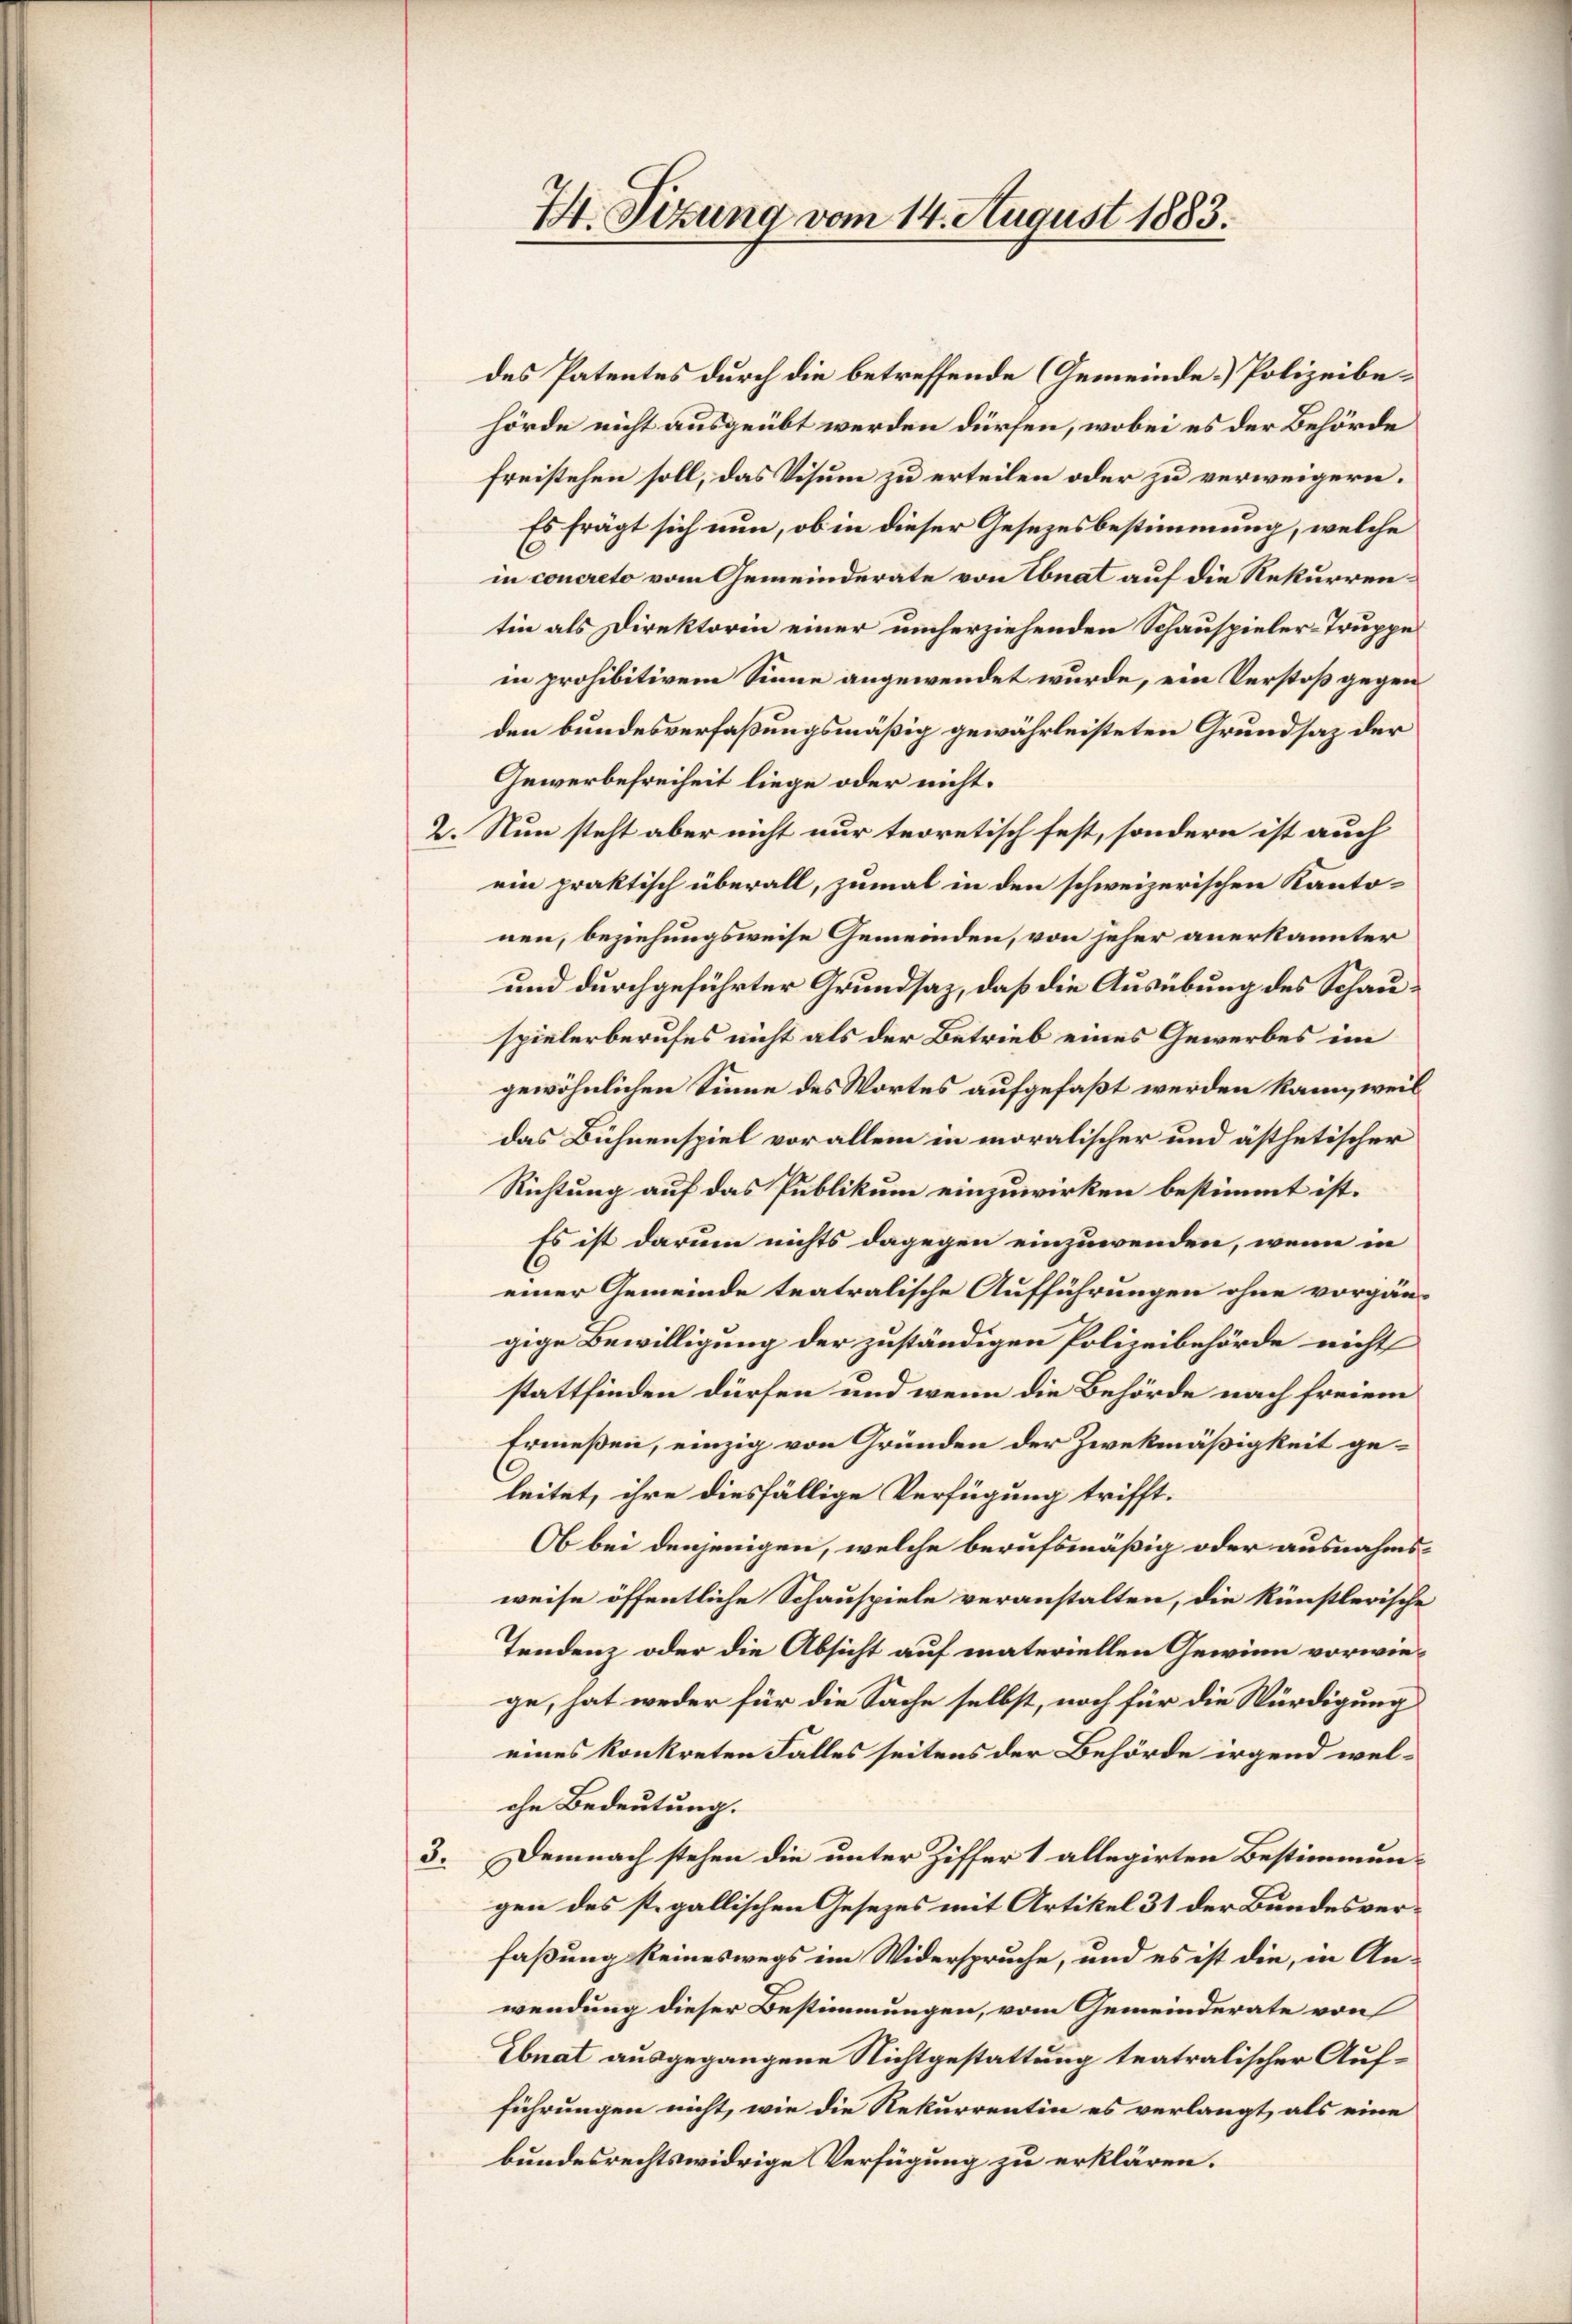
4. Sitzung vom 14. August 1883.

des Patentes durch die betreffende (Gemeinde Polizeibehörde nicht ausgeübt werden dürfen, wobei es der Behörde
freistehen soll, das Visum zu erteilen oder zu verweigern.
Es frägt sich nun, ob in dieser Gesetzesbestimmung, welche
.
in concreto vom Gemeinderate von Ebnat auf die Rekurrentin als Direktorin einer umherziehenden Schauspieler-Truppe
in prohibitivem Sinne angewendet wurde, ein Verstoß gegen
den bundesverfaßungsmäßig gewährleisteten Grundsaz der
Gewerbefreiheit liege oder nicht.
2. Nun steht aber nicht nur teoretisch fest, sondern ist auch
ein praktisch überall, zumal in den schweizerischen Kantonen, beziehungsweise Gemeinden, von jeher anerkannter
und durchgeführter Grundsaz, daß die Ausübung des Schauspielerberufes nicht als der Betrieb eines Gewerbes im
gewöhnlichen Sinne des Wortes aufgefaßt werden kann, weil
das Bühnenspiel vor allem in moralischer und ästhetischer
Richtung auf das Publikum einzuwirken bestimmt ist.
Es ist darum nichts dagegen einzuwenden, wenn in
C
einer Gemeinde teatralische Aufführungen ohne vorgängige Bewilligung der zuständigen Polizeibehörde nicht
stattfinden dürfen und wenn die Behörde nach freiem
Ermeßen, einzig von Gründen der Zweckmäßigkeit geleitet, ihre diesfällige Verfügung trifft.
Ob bei denjenigen, welche berufsmäßig oder ausnahmsweise öffentliche Schauspiele veranstalten, die künstlerische
Tendenz oder die Absicht auf materiellen Gewinn vorwiege, hat weder für die Sache selbst, noch für die Würdigung
eines konkreten Falles seitens der Behörde irgend wel-
ohe Bedeutung.
3. Demnach stehen die unter Ziffer 1 allegirten Bestimmun-
gen des st. gallischen Gesezes mit Artikel 31 der Bundesverfaßung keineswegs im Widerspruche, und es ist die, in An-
wendung dieser Bestimmungen, vom Gemeinderate von
Ebnat ausgegangene Nichtgestattung teatralischer Aufführungen nicht, wie die Rekurrentin es verlangt, als eine
bundesrechtswidrige Verfügung zu erklären.